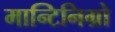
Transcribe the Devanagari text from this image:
मान्टिनिग्रो